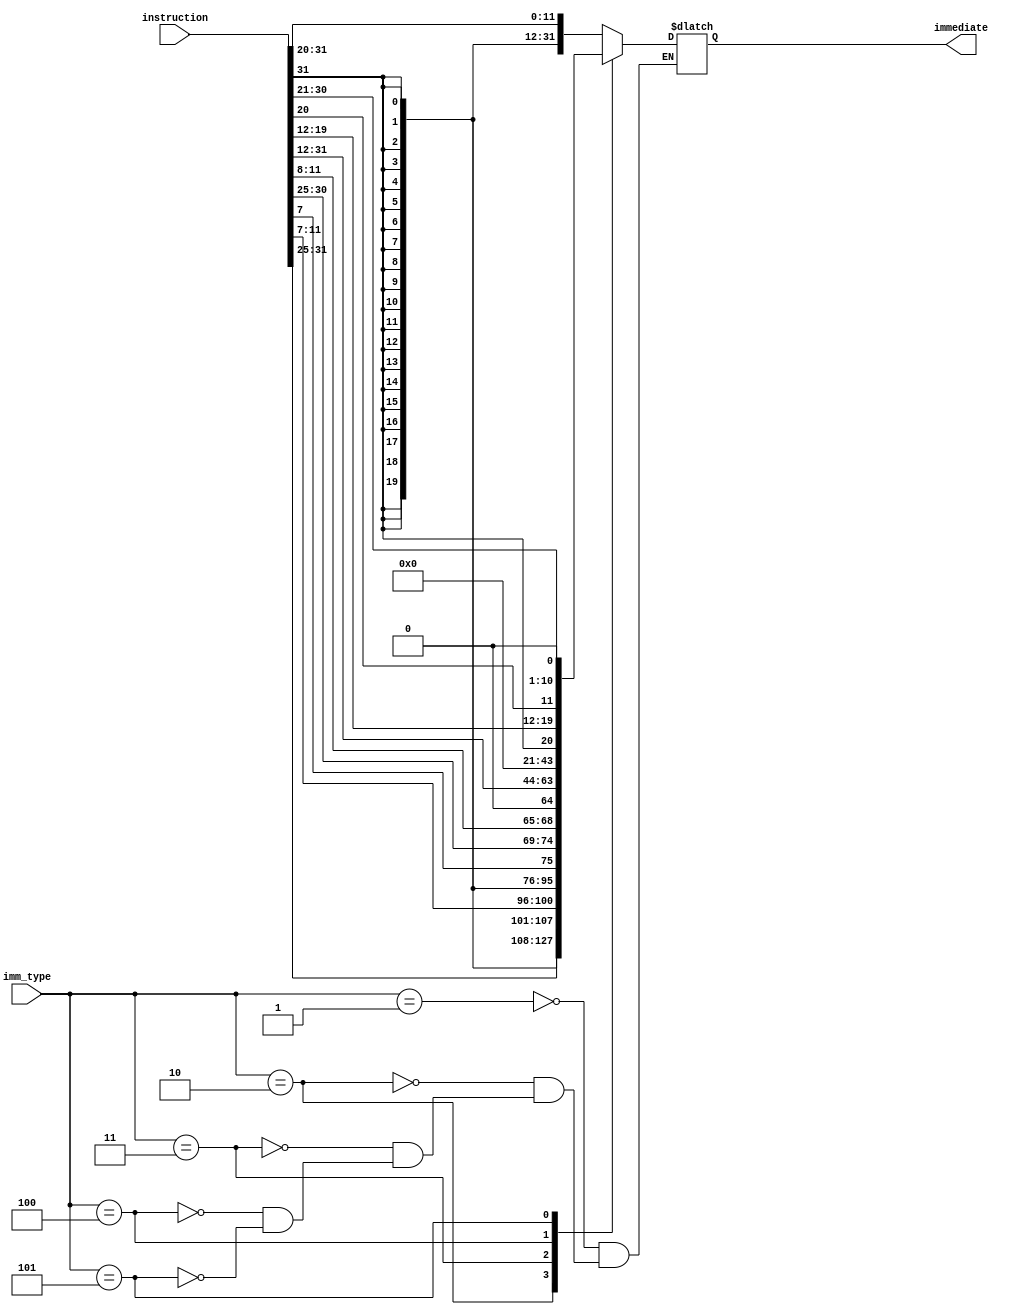
module immediate_generator(
    input       [31:0]  instruction,
    input       [2:0]   imm_type,
    output  reg [31:0]  immediate
    );

localparam IMM_I_TYPE   = 3'b001;
localparam IMM_S_TYPE   = 3'b010;
localparam IMM_B_TYPE   = 3'b011;
localparam IMM_U_TYPE   = 3'b100;
localparam IMM_J_TYPE   = 3'b101;

always @(*) begin
    case (imm_type) 
        IMM_I_TYPE: immediate   = {{21{instruction[31]}}, instruction[30:25], instruction[24:21], instruction[20]};
        IMM_S_TYPE: immediate   = {{21{instruction[31]}}, instruction[30:25], instruction[11:8], instruction[7]};
        IMM_B_TYPE: immediate   = {{20{instruction[31]}}, instruction[7], instruction[30:25], instruction[11:8], 1'b0};
        IMM_U_TYPE: immediate   = {instruction[31], instruction[30:20], instruction[19:12], 12'd0};
        IMM_J_TYPE: immediate   = {instruction[31], instruction[19:12], instruction[20], instruction[30:25], instruction[24:21], 1'b0};
    endcase
end
endmodule